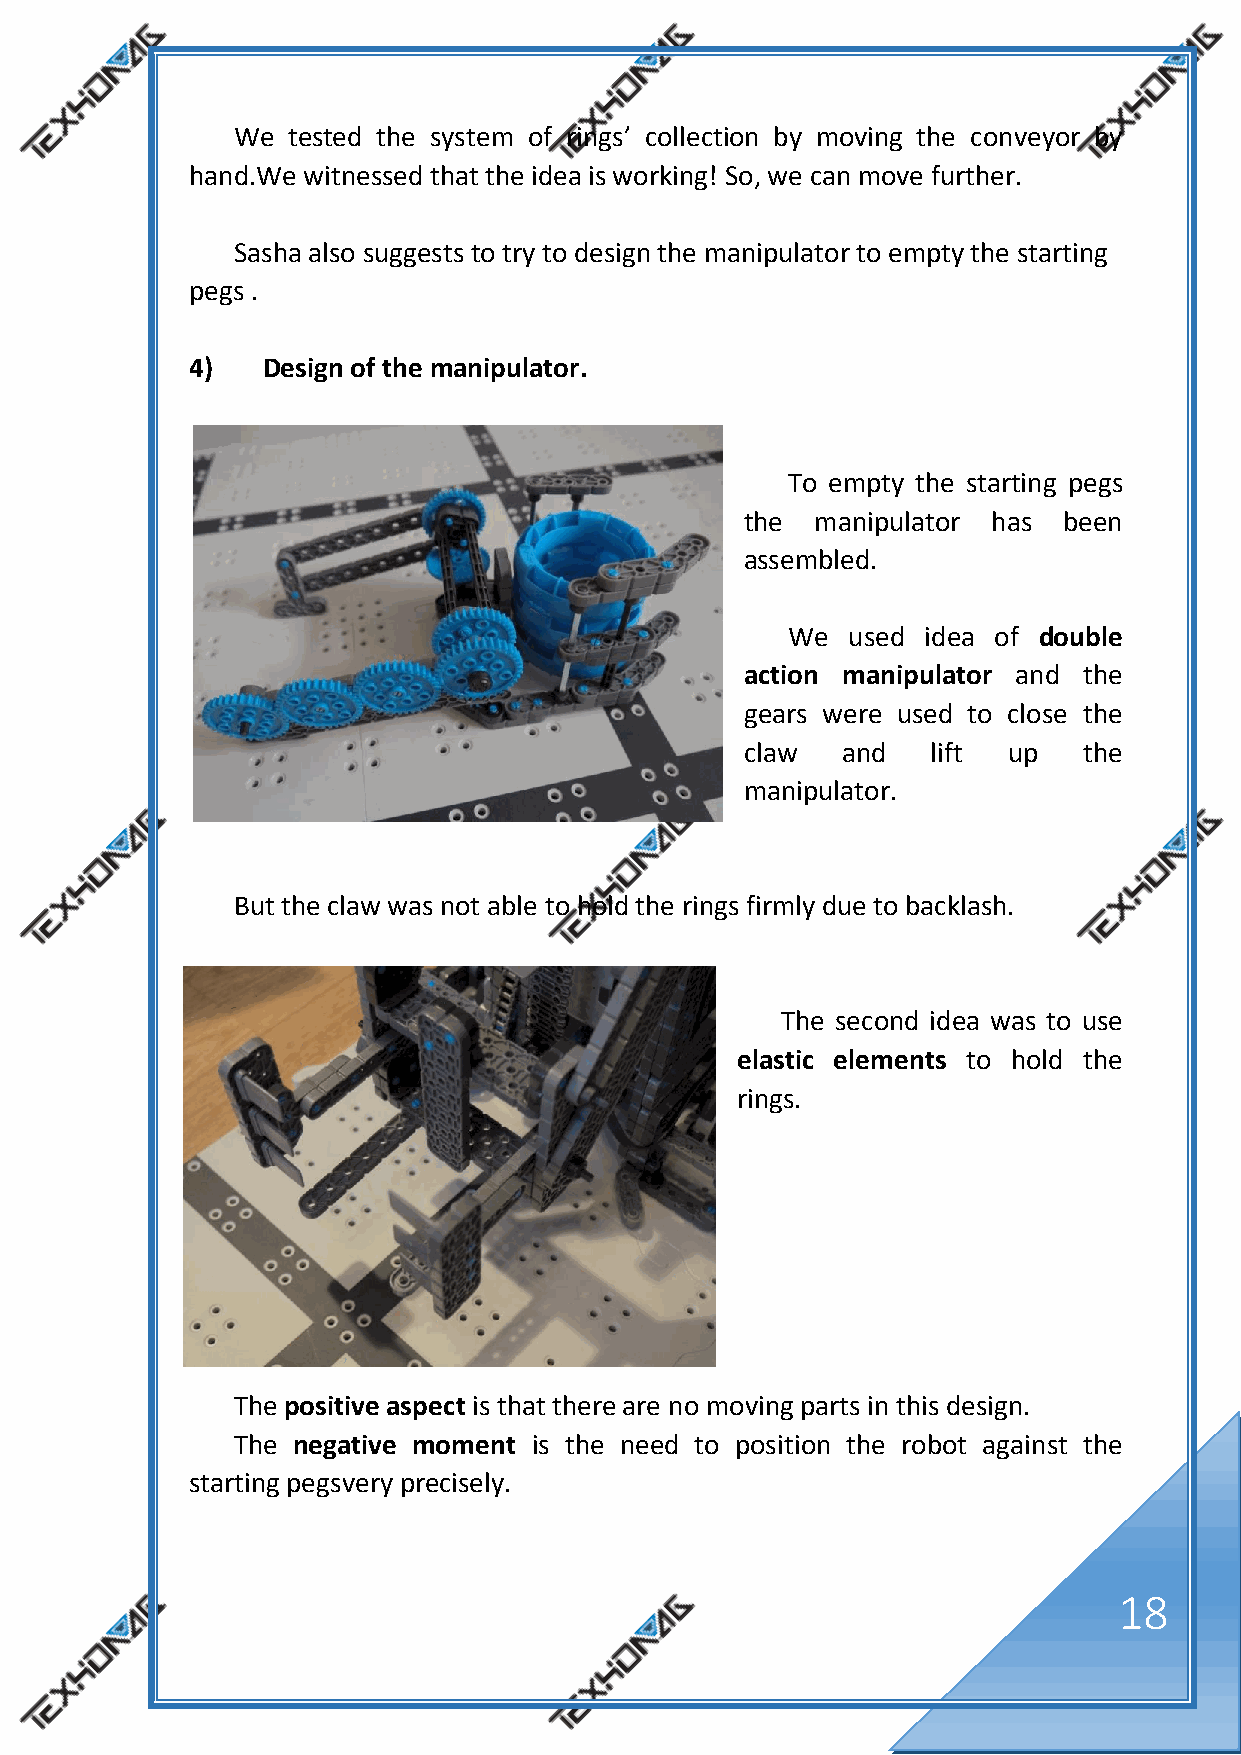
We  tested the system of rings’ collection by moving the conveyor by
 hand.We witnessed that the idea is working! So, we can move further.
 Sasha also suggests to try to design the manipulator to empty the starting
 pegs .
 4)  Design of the manipulator.
 To empty the starting pegs
 the  manipulator has been
 assembled.
 We  used idea of double
 action manipulator and the
 gears were used to close the
 claw   and   lift up   the
 manipulator.
 But the claw was not able to hold the rings firmly due to backlash.
 The second idea was to use
 elastic elements to hold the
 rings.
 The positive aspect is that there are no moving parts in this design.
 The negative moment is the need to position the robot against the
 starting pegsvery precisely.
 18